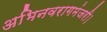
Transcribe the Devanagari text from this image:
अभिनवरागमंजरी।